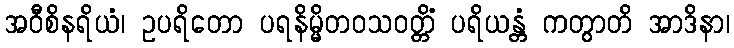
အဝီစိနရိယံ၊ ဥပရိတော ပရနိမ္မိတဝသဝတ္တိံ ပရိယန္တံ ကတွာတိ အာဒိနာ၊